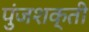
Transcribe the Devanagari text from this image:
पुंजशक्ती